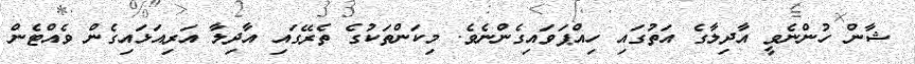
ޝާން ހުންނެވީ އާދިލާގެ އަތުގައި ހިއްޕަވައިގެންނެވެ. މިކަންތަކުގެ ތެރޭގައި އާދިލާ އަރިއަޅައިގެން ވެއްޓެން